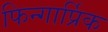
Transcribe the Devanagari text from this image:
फिन्गार्प्रिक